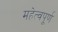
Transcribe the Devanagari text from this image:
महेत्वपूर्ण